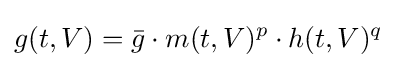
g(t,V)={\bar {g}}\cdot m(t,V)^{p}\cdot h(t,V)^{q}